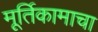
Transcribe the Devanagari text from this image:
मूर्तिकामाचा